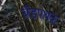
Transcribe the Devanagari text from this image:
बँडपथक